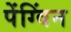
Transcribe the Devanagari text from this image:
पेंग्विंन